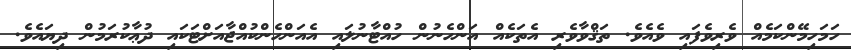
ހަމަހިމޭންކަމެއް ވެރިވެފައި ވެއެވެ. ތަޤްވާވެރި އެތަކެއް އަންހެނުން ހުއްޓާނުލައި އެއަންހެންކުއްޖާއަށްޓަކައި ދުޢާކުރަމުން ދިޔައެވެ.